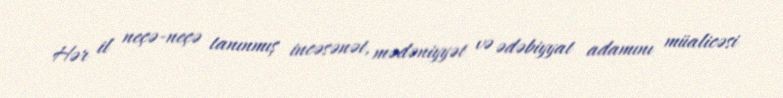
Hər il neçə-neçə tanınmış incəsənət, mədəniyyət və ədəbiyyat adamını müalicəsi